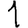
Digit: 1